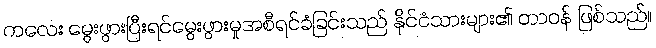
ကလေး မွေးဖွားပြီးရင်မွေးဖွားမှုအစီရင်ခံခြင်းသည် နိုင်ငံသားများ၏ တာဝန် ဖြစ်သည်။